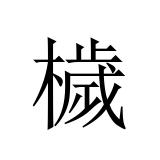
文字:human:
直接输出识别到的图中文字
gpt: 檅